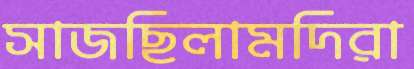
সাজছিলামদিরা